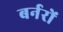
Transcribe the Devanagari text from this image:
बर्नरों